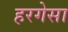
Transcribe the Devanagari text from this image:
हरगेसा